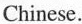
Chinese.